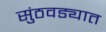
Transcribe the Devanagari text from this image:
सुंठवड्यात